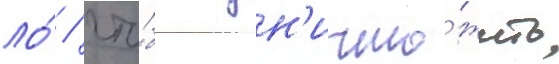
ло́ / что́бы ун'ичто́жить